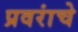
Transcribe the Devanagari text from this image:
प्रवरांचे